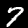
Digit: 7